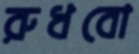
রুধবো